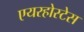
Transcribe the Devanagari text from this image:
एयरहोस्टेस